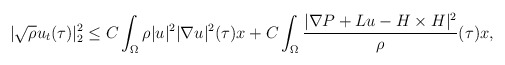
\begin{align*}|\sqrt{\rho}u_t(\tau)|^2_2\leq C\int_{\Omega} \rho |u|^2|\nabla u|^2(\tau)x+C\int_{\Omega} \frac{|\nabla P+Lu- H\times H|^2}{\rho}(\tau)x,\end{align*}